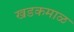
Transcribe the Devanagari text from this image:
खडकमाळ